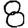
Digit: 8